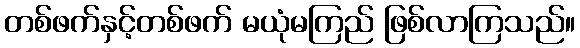
တစ်ဖက်နှင့်တစ်ဖက် မယုံမကြည် ဖြစ်လာကြသည်။